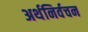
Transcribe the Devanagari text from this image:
अर्थनिर्वचन